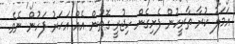
އަމަލު ކުރާ ތާރީހުން ފެށިގެން ހިޖުރީ ގޮތުން އެއް އަހަރު ފަހުން ނެވެ.